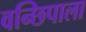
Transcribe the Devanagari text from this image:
वन्छिपाला